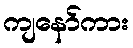
ကျနော်ကား